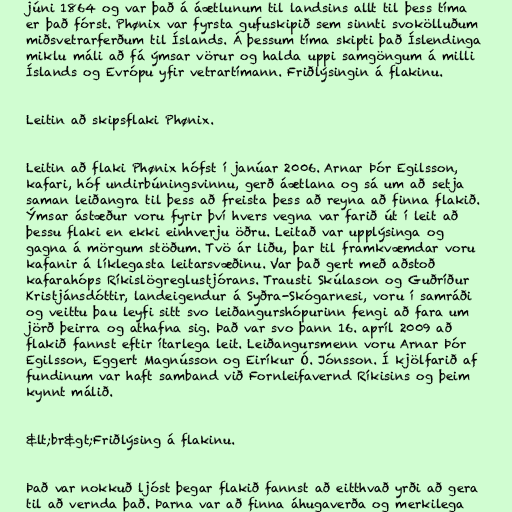
júni 1864 og var það á áætlunum til landsins allt til þess tíma
er það fórst. Phønix var fyrsta gufuskipið sem sinnti svokölluðum
miðsvetrarferðum til Íslands. Á þessum tíma skipti það Íslendinga
miklu máli að fá ýmsar vörur og halda uppi samgöngum á milli
Íslands og Evrópu yfir vetrartímann. Friðlýsingin á flakinu.

Leitin að skipsflaki Phønix.

Leitin að flaki Phønix hófst í janúar 2006. Arnar Þór Egilsson,
kafari, hóf undirbúningsvinnu, gerð áætlana og sá um að setja
saman leiðangra til þess að freista þess að reyna að finna flakið.
Ýmsar ástæður voru fyrir því hvers vegna var farið út í leit að
þessu flaki en ekki einhverju öðru. Leitað var upplýsinga og
gagna á mörgum stöðum. Tvö ár liðu, þar til framkvæmdar voru
kafanir á líklegasta leitarsvæðinu. Var það gert með aðstoð
kafarahóps Ríkislögreglustjórans. Trausti Skúlason og Guðríður
Kristjánsdóttir, landeigendur á Syðra-Skógarnesi, voru í samráði
og veittu þau leyfi sitt svo leiðangurshópurinn fengi að fara um
jörð þeirra og athafna sig. Það var svo þann 16. apríl 2009 að
flakið fannst eftir ítarlega leit. Leiðangursmenn voru Arnar Þór
Egilsson, Eggert Magnússon og Eiríkur Ó. Jónsson. Í kjölfarið af
fundinum var haft samband við Fornleifavernd Ríkisins og þeim
kynnt málið.

&lt;br&gt;Friðlýsing á flakinu.

Það var nokkuð ljóst þegar flakið fannst að eitthvað yrði að gera
til að vernda það. Þarna var að finna áhugaverða og merkilega